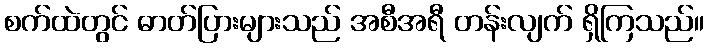
စက်ထဲတွင် ဓာတ်ပြားများသည် အစီအရီ တန်းလျက် ရှိကြသည်။